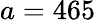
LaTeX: a=465